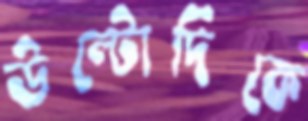
উল্টোদিকে